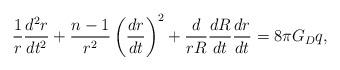
LaTeX: \begin{align*}\frac{1}{r}\frac{d^2r}{dt^2}+\frac{n-1}{r^2}\left(\frac{dr}{dt}\right)^2+\frac{d}{rR}\frac{dR}{dt}\frac{dr}{dt}= 8\pi G_Dq,\end{align*}